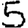
Digit: 5